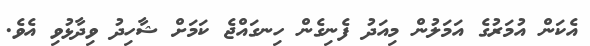
އެކަން އުމަރުގެ އަމަލުން މިއަދު ފެނިގެން ހިނގައްޖެ ކަމަށް ޝާހިދު ވިދާޅުވި އެވެ.